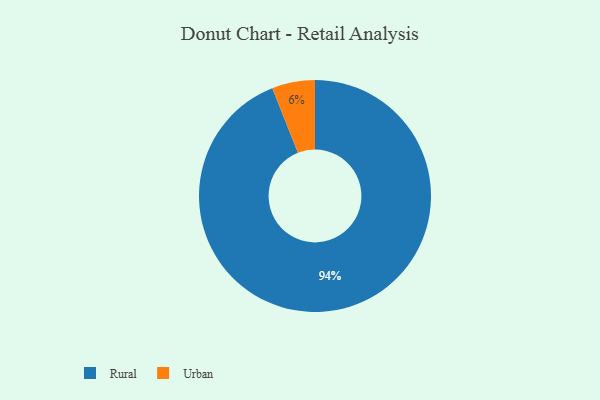
{"axis": {"x": "Category", "y": "Percentage"}, "legend": ["Rural", "Urban"], "data": [{"x": "Urban", "y": 6, "type": "Urban"}, {"x": "Rural", "y": 94, "type": "Rural"}]}